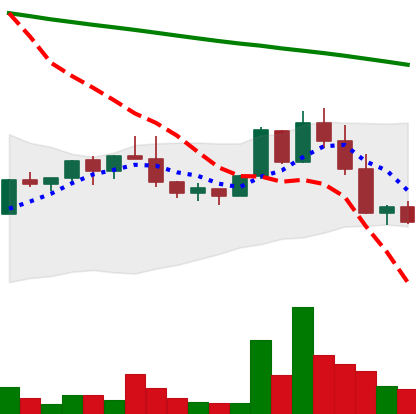
Ticker: NEO-USD
Chart end date: 2022-02-23
Forward return: 17.33%
Label: up_7plus